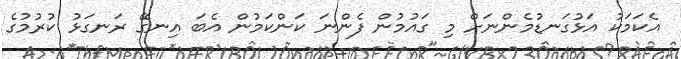
އެކަމަކު އަޅުގަނޑުމެންނަށް މި ގައުމުން ފެންނަ ކަންކަމުން އެބަ އިނގޭ ރަނގަޅު ކުރުމުގެ